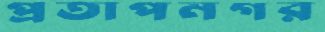
প্রতাপনগর